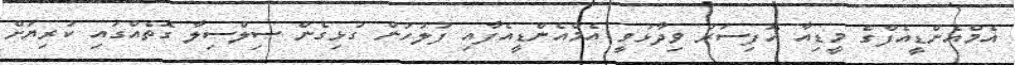
އެމްއެންޑީއެފްގެ މީޑިއާ އޮފިސަރު ވިދާޅުވީ އެމްއެންޑީއެފާއި ފުލުހުން ގުޅިގެން ސިލްސިލާ ގޮތެއްގައި ކުރިޔަށް